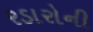
રડારોની